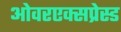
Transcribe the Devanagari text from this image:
ओवरएक्सप्रेस्ड